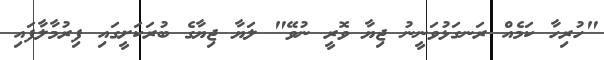
"ހުރިހާ ކަމެއް ރަނގަޅުވަނީނު ޖިޔާ ވޮރީ ނުވޭ" ލަޔާ ޖިޔާގެ ބުރަކަށީގައި ފިރުމާލާފައި